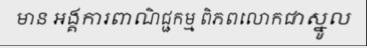
មាន អង្គការពាណិជ្ជកម្ម ពិភពលោកជាស្នូល